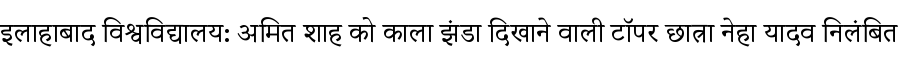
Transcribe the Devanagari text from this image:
इलाहाबाद विश्वविद्यालय: अमित शाह को काला झंडा दिखाने वाली टॉपर छात्रा नेहा यादव निलंबित